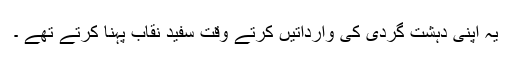
یہ اپنی دہشت گردی کی وارداتیں کرتے وقت سفید نقاب پہنا کرتے تھے ۔